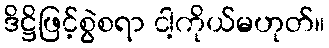
ဒိဋ္ဌိဖြင့်စွဲစရာ ငါ့ကိုယ်မဟုတ်။